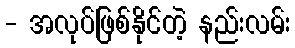
- အလုပ်ဖြစ်နိုင်တဲ့ နည်းလမ်း